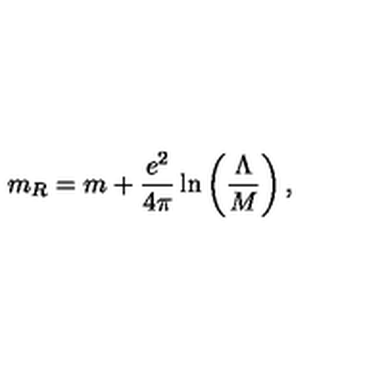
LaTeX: m _ { R } = m + \frac { e ^ { 2 } } { 4 \pi } \ln \left( \frac { \Lambda } { M } \right) ,